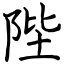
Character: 陛